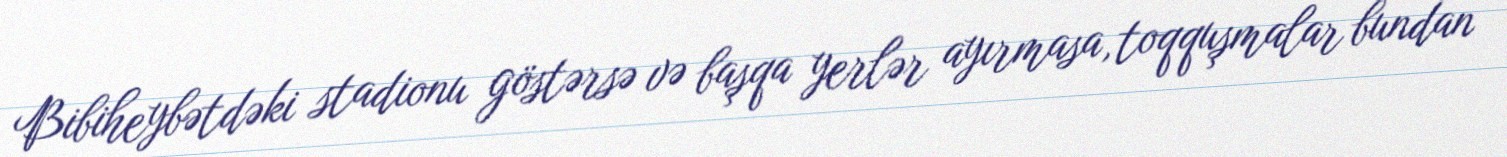
Bibiheybətdəki stadionu göstərsə və başqa yerlər ayırmasa, toqquşmalar bundan